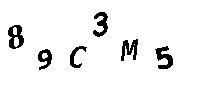
89C3M5